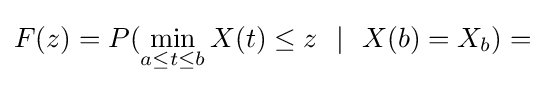
F(z)=P(\min _{a\leq t\leq b}X(t)\leq z\ \ |\ \ X(b)=X_{b})=